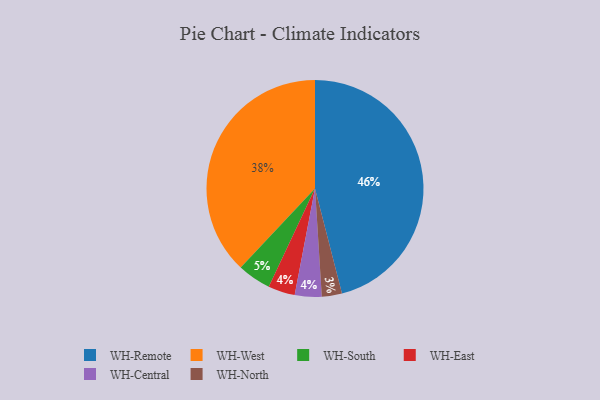
{"axis": {"x": "Category", "y": "Percentage"}, "legend": ["WH-Central", "WH-East", "WH-North", "WH-Remote", "WH-South", "WH-West"], "data": [{"x": "WH-South", "y": 5, "type": "WH-South"}, {"x": "WH-North", "y": 3, "type": "WH-North"}, {"x": "WH-West", "y": 38, "type": "WH-West"}, {"x": "WH-Remote", "y": 46, "type": "WH-Remote"}, {"x": "WH-East", "y": 4, "type": "WH-East"}, {"x": "WH-Central", "y": 4, "type": "WH-Central"}]}